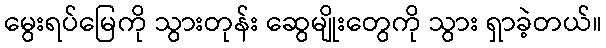
မွေးရပ်မြေကို သွားတုန်း ဆွေမျိုးတွေကို သွား ရှာခဲ့တယ်။